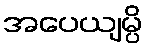
အပေယျမ္ပိ